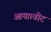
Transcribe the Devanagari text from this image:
आया।वीट